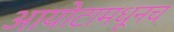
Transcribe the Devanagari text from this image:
आयोटामधूनच